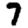
Digit: 7